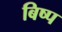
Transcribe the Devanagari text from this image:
बिष्प